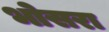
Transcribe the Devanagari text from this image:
भोसरा